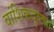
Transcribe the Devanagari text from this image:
वांशिकदृष्ट्या